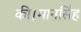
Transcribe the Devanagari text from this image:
की।मानसिंह